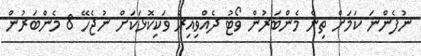
ނުފެންނަ ކަމަށް ތިން މެންބަރުން ވޯޓު ދެއްވިއިރު ވަކިކޮޅަކަށް ނުޖެހޭ 8 މެންބަރުން